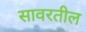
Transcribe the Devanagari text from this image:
सावरतील